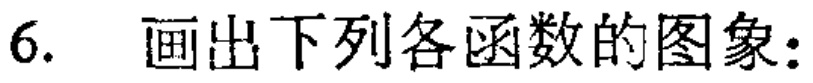
6. 画出下列各函数的图象：